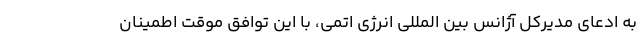
به ادعای مدیرکل آژانس بین المللی انرژی اتمی، با این توافق موقت اطمینان